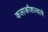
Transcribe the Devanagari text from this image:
कलाकौशल्याचे